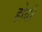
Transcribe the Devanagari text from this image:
होबो